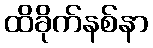
ထိခိုက်နစ်နာ